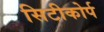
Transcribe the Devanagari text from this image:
सिटीकोर्प